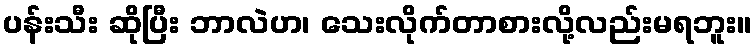
ပန်းသီး ဆိုပြီး ဘာလဲဟ၊ သေးလိုက်တာစားလို့လည်းမရဘူး။